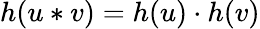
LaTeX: h(u*v)=h(u)\cdot h(v)